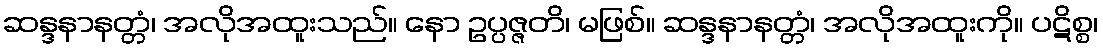
ဆန္ဒနာနတ္တံ၊ အလိုအထူးသည်။ နော ဥပ္ပဇ္ဇတိ၊ မဖြစ်။ ဆန္ဒနာနတ္တံ၊ အလိုအထူးကို။ ပဋိစ္စ၊